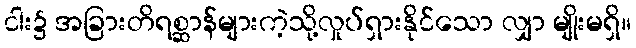
ငါး၌ အခြားတိရစ္ဆာန်များကဲ့သို့လှုပ်ရှားနိုင်သော လျှာ မျိုးမရှိ။